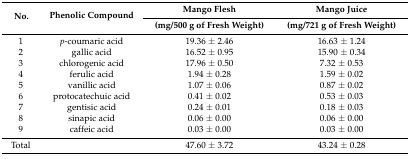
<table><thead><tr><td rowspan="2"><b>No.</b></td><td rowspan="2"><b>Phenolic Compound</b></td><td><b>Mango Flesh</b></td><td><b>Mango Juice</b></td></tr><tr><td><b>(mg/500 g of Fresh Weight)</b></td><td><b>(mg/721 g of Fresh Weight)</b></td></tr></thead><tbody><tr><td>1</td><td><i>p</i>-coumaric acid</td><td>19.36 ± 2.46</td><td>16.63 ± 1.24</td></tr><tr><td>2</td><td>gallic acid</td><td>16.52 ± 0.95</td><td>15.90 ± 0.34</td></tr><tr><td>3</td><td>chlorogenic acid</td><td>17.96 ± 0.50</td><td>7.32 ± 0.53</td></tr><tr><td>4</td><td>ferulic acid</td><td>1.94 ± 0.28</td><td>1.59 ± 0.02</td></tr><tr><td>5</td><td>vanillic acid</td><td>1.07 ± 0.06</td><td>0.87 ± 0.02</td></tr><tr><td>6</td><td>protocatechuic acid</td><td>0.41 ± 0.02</td><td>0.53 ± 0.03</td></tr><tr><td>7</td><td>gentisic acid</td><td>0.24 ± 0.01</td><td>0.18 ± 0.03</td></tr><tr><td>8</td><td>sinapic acid</td><td>0.06 ± 0.00</td><td>0.06 ± 0.00</td></tr><tr><td>9</td><td>caffeic acid</td><td>0.03 ± 0.00</td><td>0.03 ± 0.00</td></tr><tr><td>Total</td><td></td><td>47.60 ± 3.72</td><td>43.24 ± 0.28</td></tr></tbody></table>